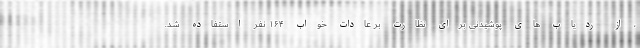
، از ردیاب های پوشیدنی برای نظارت بر عادات خواب ۱۶۴ نفر استفاده شد.